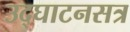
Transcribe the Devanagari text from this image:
उद्‍घाटनसत्र